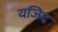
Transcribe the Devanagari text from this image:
यजिद